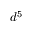
d ^ { 5 }